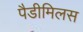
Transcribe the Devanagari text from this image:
पैडीमिलस